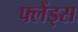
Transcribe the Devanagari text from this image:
फ्लेंड्स